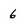
Character: 6